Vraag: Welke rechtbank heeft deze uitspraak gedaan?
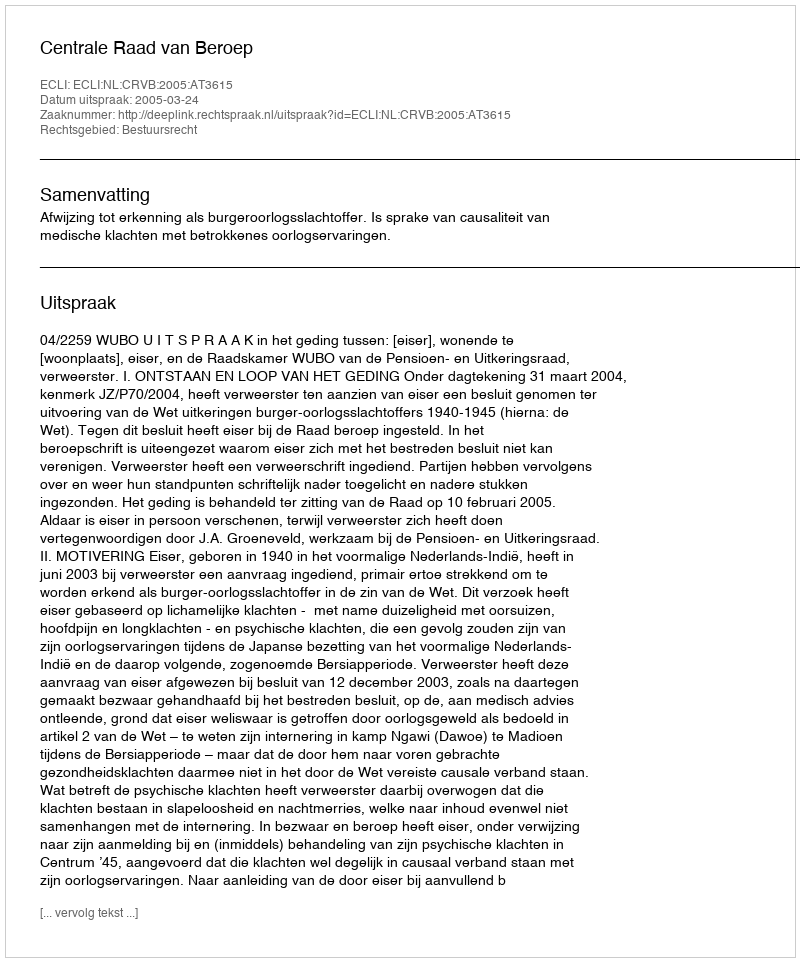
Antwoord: Centrale Raad van Beroep